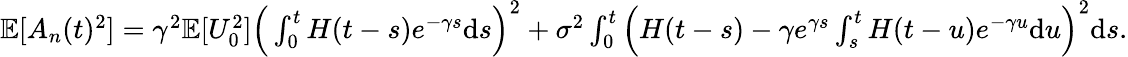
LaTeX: \begin{array}{r}{\mathbb{E}[A_{n}(t)^{2}]=\gamma^{2}\mathbb{E}[U_{0}^{2}]\Big(\int_{0}^{t}H(t-s)e^{-\gamma s}\mathrm{d}s\Big)^{2}+\sigma^{2}\int_{0}^{t}\Big(H(t-s)-\gamma e^{\gamma s}\int_{s}^{t}H(t-u)e^{-\gamma u}\mathrm{d}u\Big)^{2}\mathrm{d}s.}\end{array}